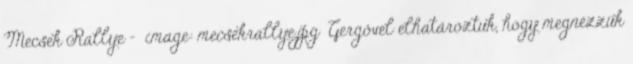
Mecsek Rallye - image: mecsekrallye.jpg Gergővel elhatároztuk, hogy megnézzük